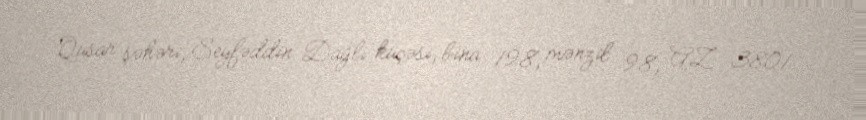
Qusar şəhəri, Seyfəddin Dağlı küçəsi, bina 198, mənzil 98, AZ 3801